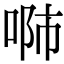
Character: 𠶴